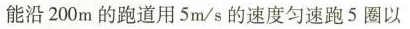
能沿200m的跑道用5m/s的速度匀速跑5圈以